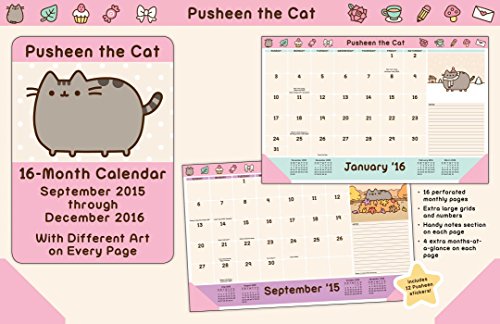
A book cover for Pusheen the Cat 2015-2016 16-Month Desk Pad Calendar: September 2015 through December 2016; Claire Belton; Calendars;